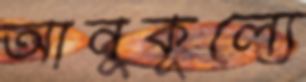
আনুকূল্যে